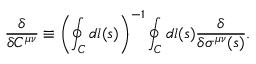
{ \frac { \delta } { \delta C ^ { \mu \nu } } } \equiv \left( \oint _ { C } d l ( s ) \right) ^ { - 1 } \oint _ { C } d l ( s ) { \frac { \delta } { \delta \sigma ^ { \mu \nu } ( s ) } } .